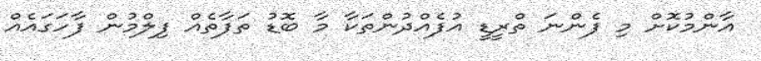
އާންމުކޮށް މި ފެންނަ ތްރީޑީ އުފެއްދުންތަކާ މާ ބޮޑު ތަފާތެއް ފިލްމުން ފާހަގައެއް